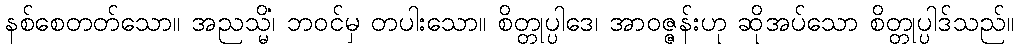
နစ်စေတတ်သော။ အညသ္မိံ၊ ဘဝင်မှ တပါးသော။ စိတ္တုပ္ပါဒေ၊ အာဝဇ္ဇန်းဟု ဆိုအပ်သော စိတ္တုပ္ပါဒ်သည်။